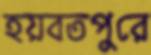
হয়বতপুরে